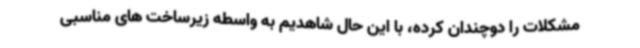
مشکلات را دوچندان کرده، با این حال شاهدیم به واسطه زیرساخت های مناسبی